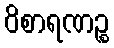
ဝိစာရဏဉ္စ